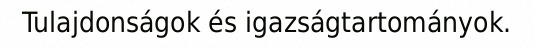
Tulajdonságok és igazságtartományok.